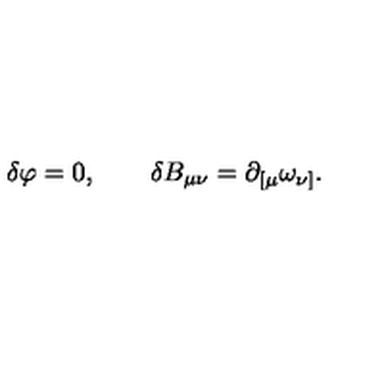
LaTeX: \delta \varphi = 0 , \quad \quad \delta B _ { \mu \nu } = \partial _ { [ \mu } \omega _ { \nu ] } .